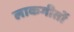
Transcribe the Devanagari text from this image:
लाकगीतों